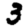
Digit: 3